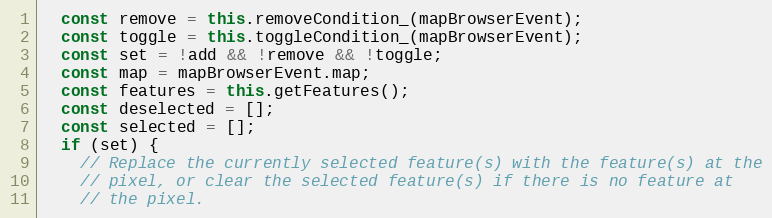
Language: JavaScript
  const remove = this.removeCondition_(mapBrowserEvent);
  const toggle = this.toggleCondition_(mapBrowserEvent);
  const set = !add && !remove && !toggle;
  const map = mapBrowserEvent.map;
  const features = this.getFeatures();
  const deselected = [];
  const selected = [];
  if (set) {
    // Replace the currently selected feature(s) with the feature(s) at the
    // pixel, or clear the selected feature(s) if there is no feature at
    // the pixel.